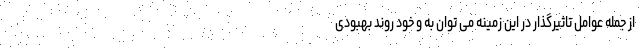
از جمله عوامل تاثیرگذار در این زمینه می توان به و خود روند بهبودی